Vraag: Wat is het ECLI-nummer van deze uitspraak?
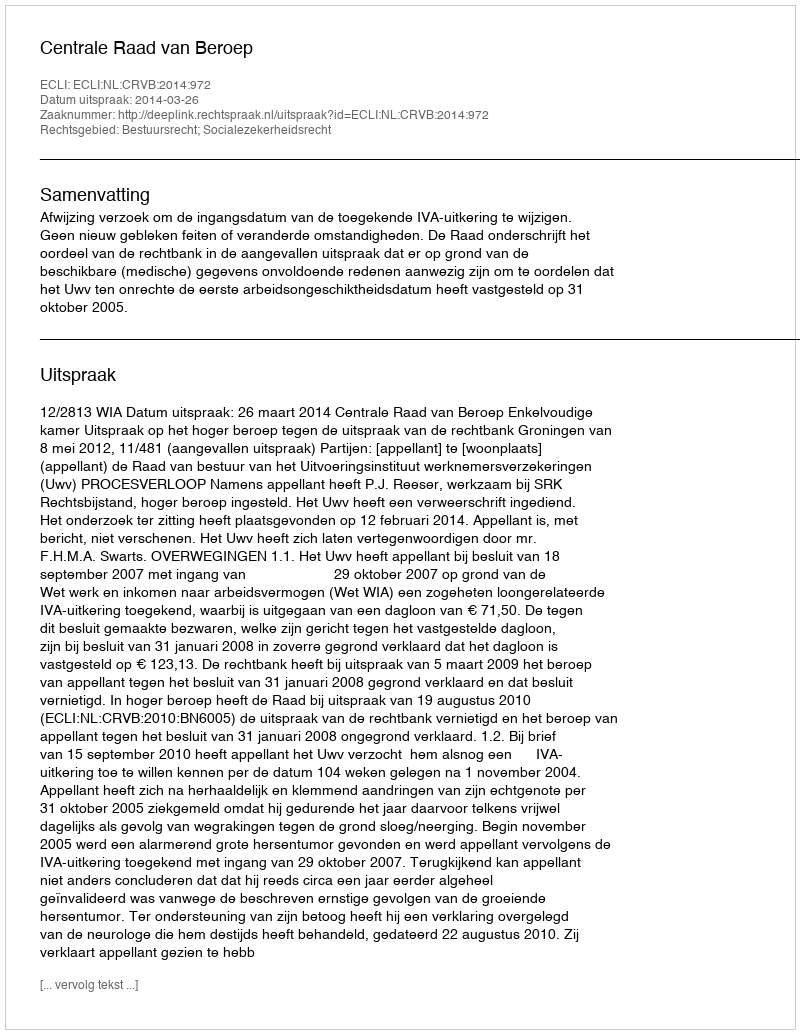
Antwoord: ECLI:NL:CRVB:2014:972